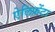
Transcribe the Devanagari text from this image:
ऐलिफ़ेंटा